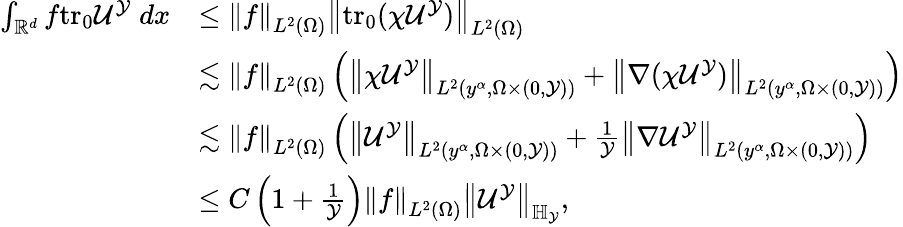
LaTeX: \begin{array}{rl}{\int_{\mathbb{R}^{d}}f\mathrm{tr_{0}}{\mathcal{U}^{\mathcal{Y}}}\; dx}&{\leq\left\| f\right\| _{L^{2}(\Omega)}\left\| \mathrm{tr_{0}}{(\chi\mathcal{U}^{\mathcal{Y}})}\right\| _{L^{2}(\Omega)}}\\ &{\lesssim\left\| f\right\| _{L^{2}(\Omega)}\left(\left\| \chi\mathcal{U}^{\mathcal{Y}}\right\| _{L^{2}(y^{\alpha},\Omega\times(0,\mathcal{Y}))}+\left\| \nabla(\chi\mathcal{U}^{\mathcal{Y}})\right\| _{L^{2}(y^{\alpha},\Omega\times(0,\mathcal{Y}))}\right)}\\ &{\lesssim\left\| f\right\| _{L^{2}(\Omega)}\left(\left\| \mathcal{U}^{\mathcal{Y}}\right\| _{L^{2}(y^{\alpha},\Omega\times(0,\mathcal{Y}))}+\frac{1}{\mathcal{Y}}\left\| \nabla\mathcal{U}^{\mathcal{Y}}\right\| _{L^{2}(y^{\alpha},\Omega\times(0,\mathcal{Y}))}\right)}\\ &{\leq C\left(1+\frac{1}{\mathcal{Y}}\right)\left\| f\right\| _{L^{2}(\Omega)}\left\| \mathcal{U}^{\mathcal{Y}}\right\| _{\mathbb{H}_{\mathcal{Y}}},}\end{array}